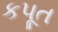
કપૂત